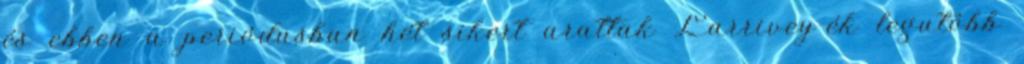
és ebben a periódusban hét sikert arattak Larrivey-ék legutóbb